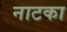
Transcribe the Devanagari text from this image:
नाटका